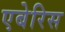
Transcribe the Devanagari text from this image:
एबेरिस